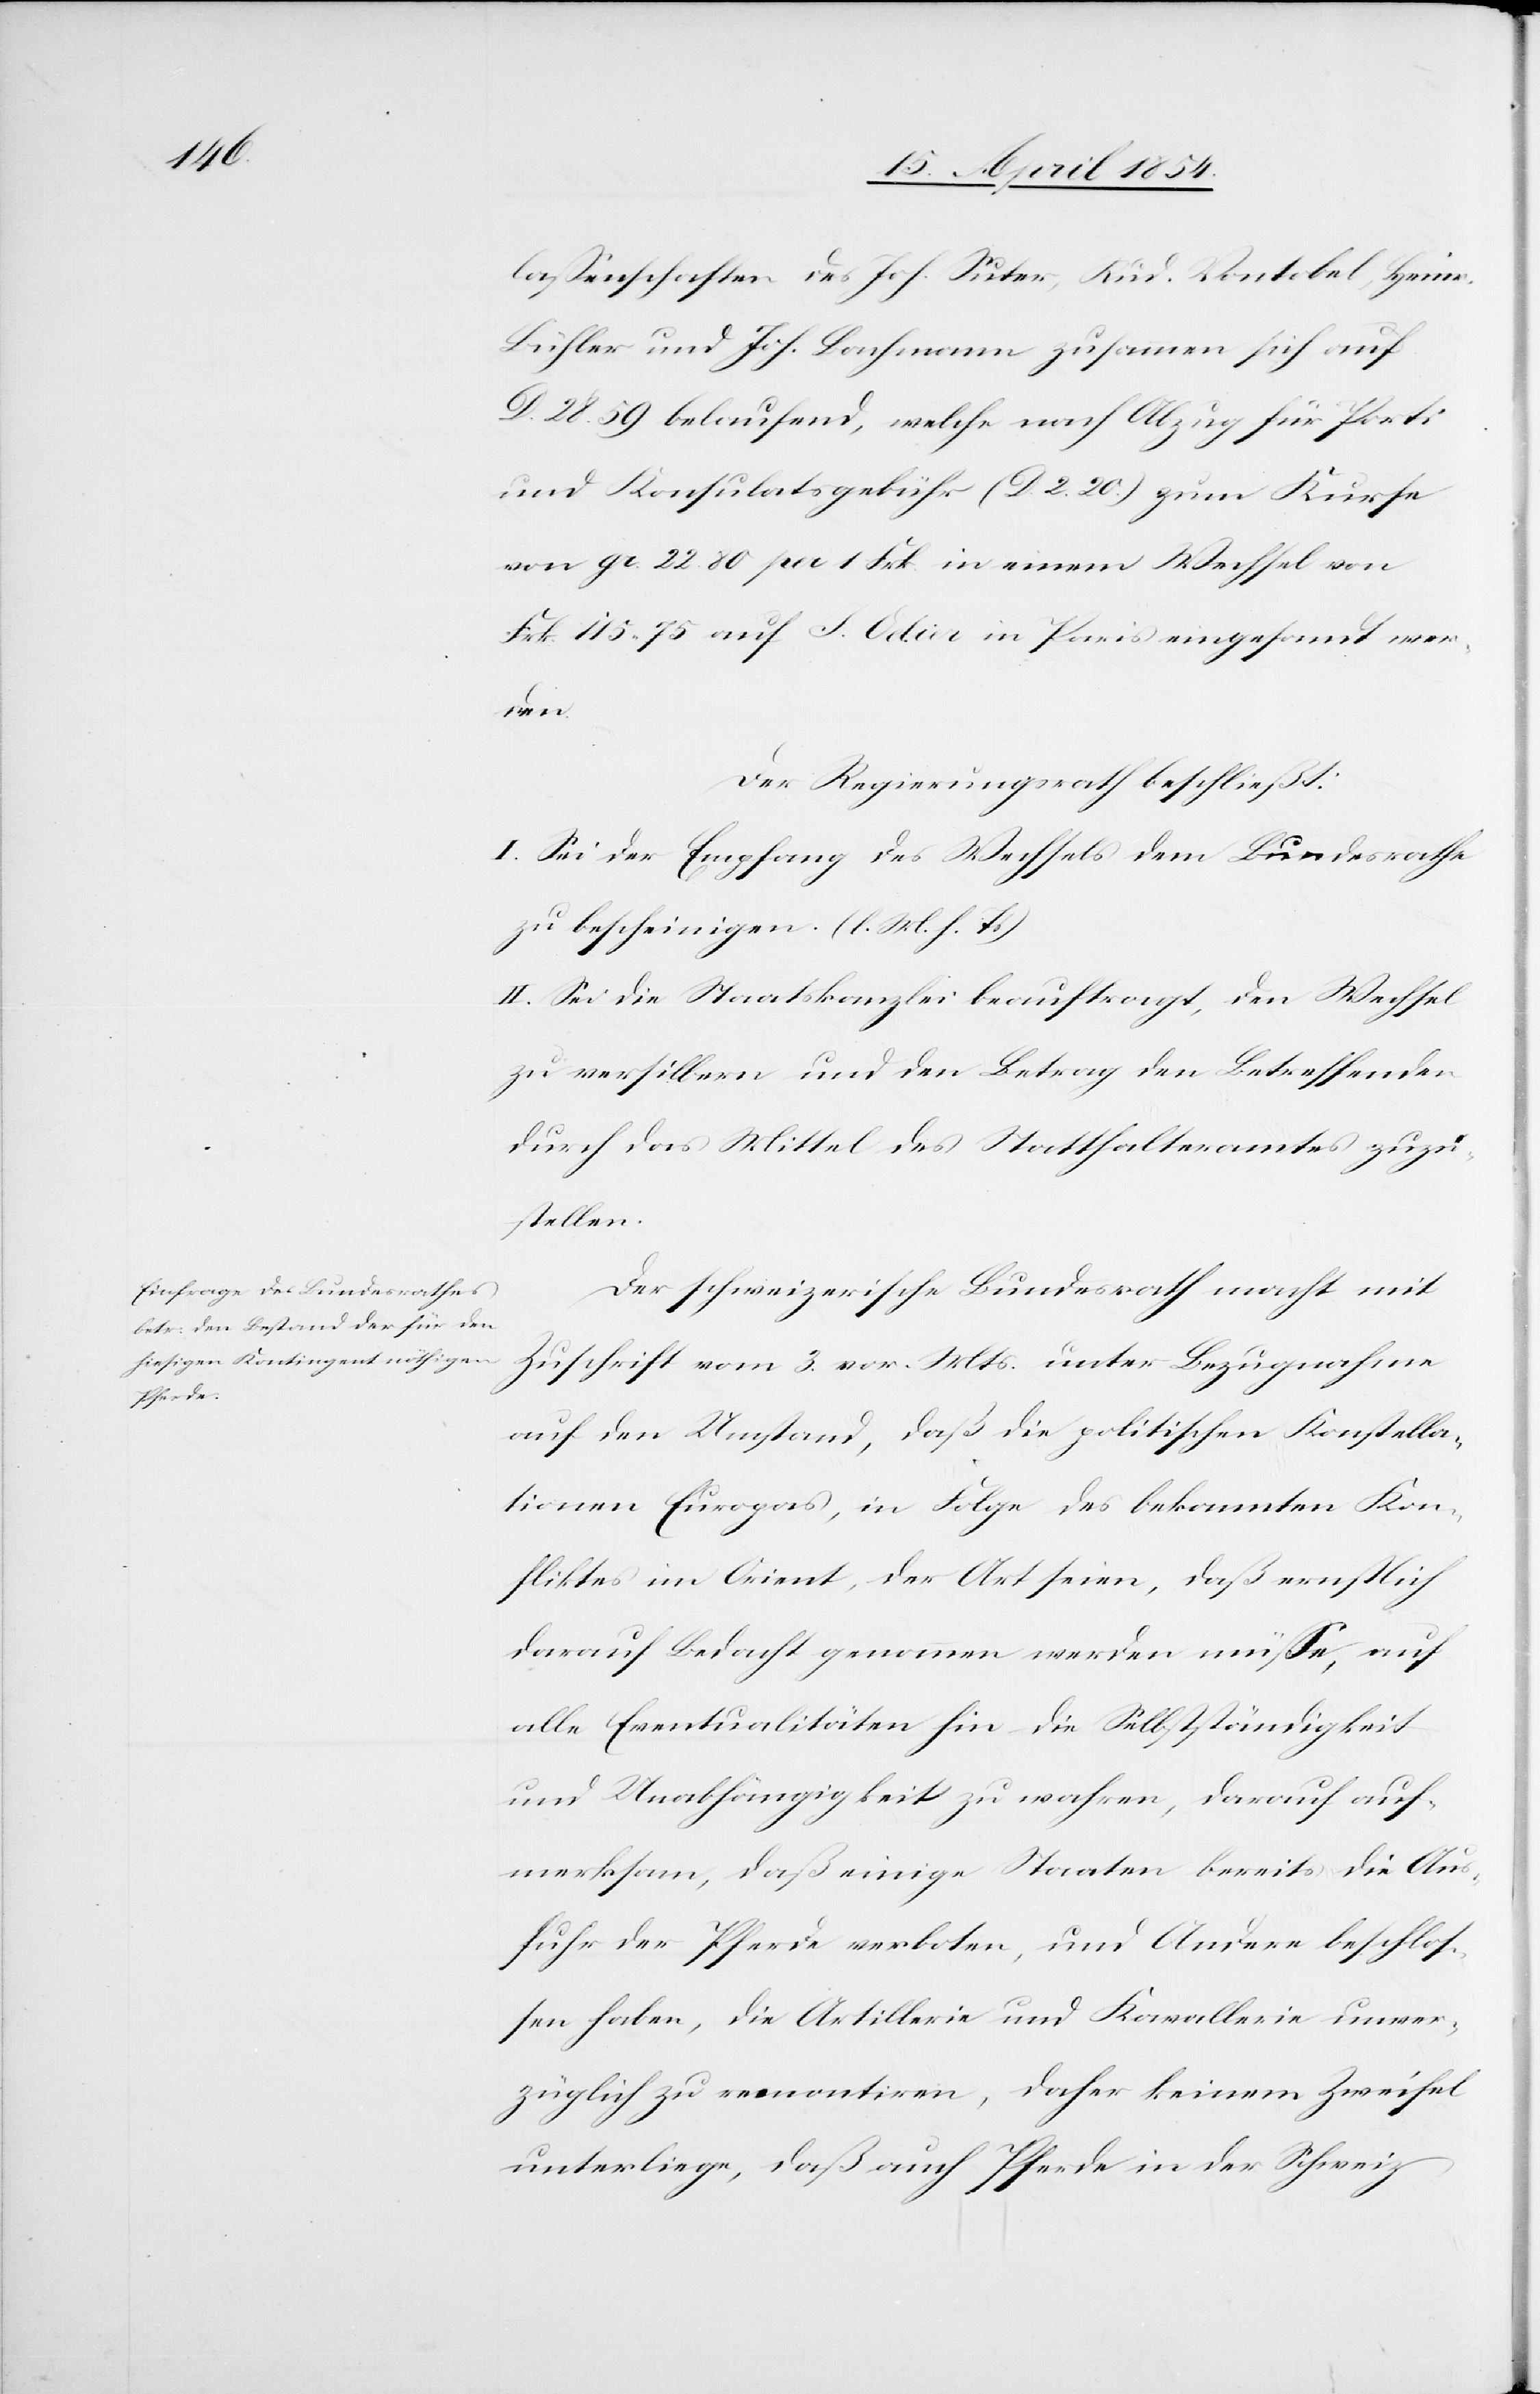
laßenschaften des Joh. Suter, Rud. Vontobel, Heinr.
Bühler und Joh. Bachmann zusammen sich auf
D. 28.59 belaufend, welche nach Abzug für Porti
und Konsulatsgebühr (D. 2.20.) zum Kurse
von gr. 22.80 per 1 Frk. in einem Wechsel von
Frk. 115.75 auf J. Odin in Paris eingesandt wer¬
den.
Der Regierungsrath beschließt:
I. Sei der Empfang des Wechsels dem Bundesrathe
zu bescheinigen. (l. M. h. T.)
II. Sei die Staatskanzlei beauftragt, den Wechsel
zu versilbern und den Betrag den Betreffenden
durch das Mittel des Statthalteramtes zuzu¬
stellen.
Der schweizerische Bundesrath macht mit
Zuschrift vom 3. vor. Mts. unter Bezugnahme
auf den Umstand, daß die politischen Konstella¬
tionen Europas, in Folge des bekannten Kon¬
fliktes im Orient, der Art seien, daß ernstlich
darauf Bedacht genommen werden müße, auf
alle Eventualitäten hin die Selbstständigkeit
und Unabhängigkeit zu wahren, darauf auf¬
merksam, daß einige Staaten bereits die Aus¬
fuhr der Pferde verboten, und Andere beschloß¬
en haben, die Artillerie und Kavallerie unver¬
züglich zu remontiren, daher keinem Zweifel
unterliege, daß auch Pferde in der Schweiz